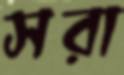
সরা